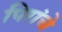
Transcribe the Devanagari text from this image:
पिरांचे